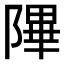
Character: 𬯕